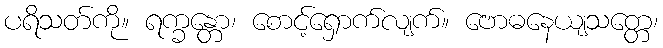
ပရိသတ်ကို။ ရက္ခန္တော၊ စောင့်ရှောက်လျက်။ ဗောဓနေယျသတ္တေ၊